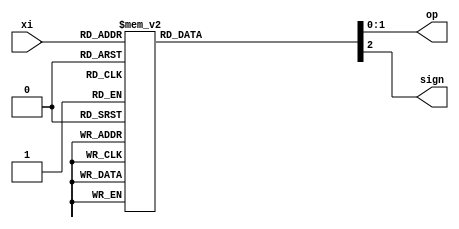
//Recoding unit for radix-4 booth's algorithm
// op = 0 => 0
// op = 1 => A
// op = 2 => 2A
// sign = 0 => Add
// sign = 1 => Subtract
module reco_unit_us(op,sign,xi);
	output reg [1:0] op;
	output reg sign;
	input [2:0] xi;
	always @(*)
	begin
		case(xi)
		3'b000: begin op <= 2'd0; sign <= 1'd0; end //0
		3'b010: begin op <= 2'd1; sign <= 1'd0; end //+A
		3'b100: begin op <= 2'd2; sign <= 1'd1; end //-2A
		3'b110: begin op <= 2'd1; sign <= 1'd1; end //-A
		3'b001: begin op <= 2'd1; sign <= 1'd0; end //+A
		3'b011: begin op <= 2'd2; sign <= 1'd0; end //+2A
		3'b101: begin op <= 2'd1; sign <= 1'd1; end //-A
		3'b111: begin op <= 2'd0; sign <= 1'd0; end //0
		default: begin op <= 2'dz; sign <= 1'dz; end 
		endcase
	end

endmodule